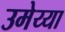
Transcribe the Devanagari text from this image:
उमेय्या